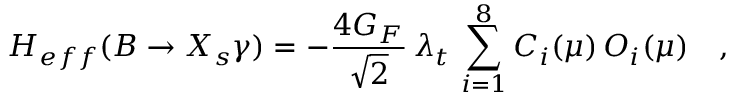
H _ { e f f } ( B \to X _ { s } \gamma ) = - \frac { 4 G _ { F } } { \sqrt { 2 } } \, \lambda _ { t } \, \sum _ { i = 1 } ^ { 8 } C _ { i } ( \mu ) \, { \cal O } _ { i } ( \mu ) \quad ,